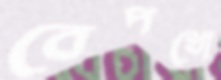
বেপথো